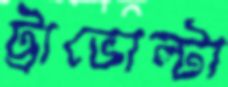
ট্রাভোল্টা